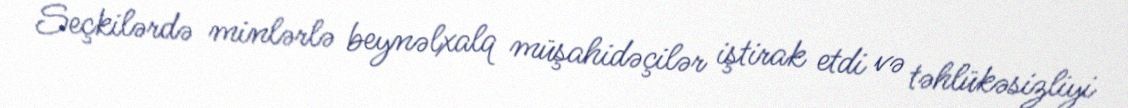
Seçkilərdə minlərlə beynəlxalq müşahidəçilər iştirak etdi və təhlükəsizliyi